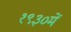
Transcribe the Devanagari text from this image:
१९३०में